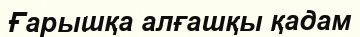
Ғарышқа алғашқы қадам